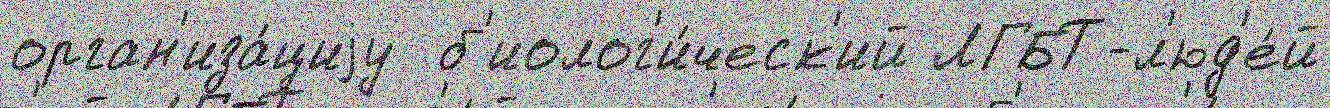
орган'иза́циjу  б'иолог'и́ческ'ий ЛГБТ-л'юд'е́й